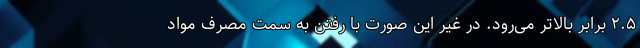
۲.۵ برابر بالاتر می‌رود. در غیر این‌ صورت با رفتن به سمت مصرف مواد